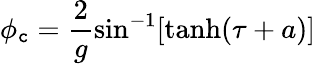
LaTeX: \phi_{\mathtt{c}}=\frac{{2}}{{g}}\sin^{-1}[\operatorname{tanh}(\tau+a)]